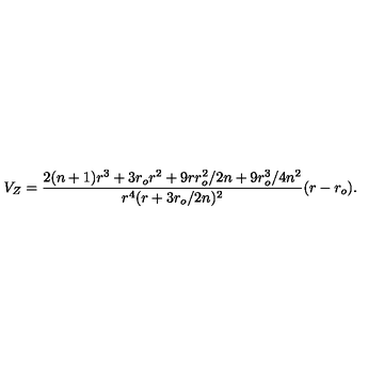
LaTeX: V _ { Z } = { \frac { 2 ( n + 1 ) r ^ { 3 } + 3 r _ { o } r ^ { 2 } + 9 r r _ { o } ^ { 2 } / 2 n + 9 r _ { o } ^ { 3 } / 4 n ^ { 2 } } { r ^ { 4 } ( r + 3 r _ { o } / 2 n ) ^ { 2 } } } ( r - r _ { o } ) .